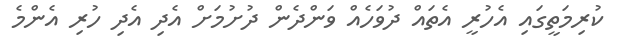
ކުރިމަތީގައި އެހުރީ އެތައް ދުވަހެއް ވަންދެން ދުށުމަށް އެދި އެދި ހުރި އެންމެ